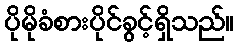
ပိုမိုခံစားပိုင်ခွင့်ရှိသည်။